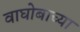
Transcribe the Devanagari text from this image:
वाघोबाच्या